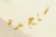
سنجده